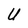
Character: U